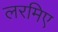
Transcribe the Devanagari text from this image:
लरमिए